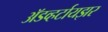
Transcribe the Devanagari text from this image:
अॅडव्हर्टायझर